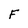
Character: F